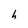
Character: h